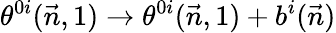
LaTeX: \theta^{0i}(\vec{n},1)\to\theta^{0i}(\vec{n},1)+b^{i}(\vec{n})